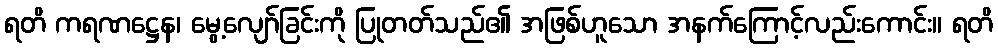
ရတိ ကရဏဋ္ဌေန၊ မွေ့လျော်ခြင်းကို ပြုတတ်သည်၏ အဖြစ်ဟူသော အနက်ကြောင့်လည်းကောင်း။ ရတိ